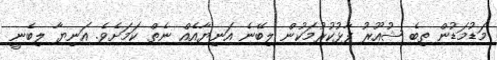
މަޑުމަޑުން ތިބެ ޝުއޫރު ފާޅުކުރުމަކުން ލިބޭނެ އަނިޔާއެއް ނެތް ކަމަށެވެ. އަނިޔާ ލިބެނީ